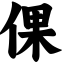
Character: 倮